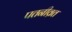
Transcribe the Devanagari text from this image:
पतनीव्रत